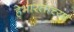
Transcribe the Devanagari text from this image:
हेभारताच्या